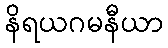
နိရယဂမနီယာ